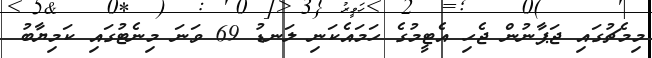
މިމެޗުގައި ޖަޕާނުން ޖެހި އެޓީމުގެ ހަމައެކަނި ލަނޑު 69 ވަނަ މިނެޓުގައި ކަމިޔާބު